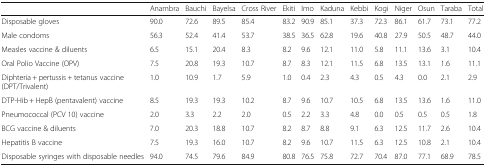
|  | Anambra | Bauchi | Bayelsa | Cross River | Ekiti | Imo | Kaduna | Kebbi | Kogi | Niger | Osun | Taraba | Total |
 | --- | --- | --- | --- | --- | --- | --- | --- | --- | --- | --- | --- | --- | --- |
 | Disposable gloves | 90.0 | 72.6 | 89.5 | 85.4 | 83.2 | 90.9 | 85.1 | 37.3 | 72.3 | 86.1 | 61.7 | 73.1 | 77.2 |
 | Male condoms | 56.3 | 52.4 | 41.4 | 53.7 | 38.5 | 36.5 | 62.8 | 19.6 | 40.8 | 27.9 | 50.5 | 48.7 | 44.0 |
 | Measles vaccine & diluents | 6.5 | 15.1 | 20.4 | 8.3 | 8.2 | 9.6 | 12.1 | 11.0 | 5.8 | 11.1 | 13.6 | 3.1 | 10.4 |
 | Oral Polio Vaccine (OPV) | 7.5 | 20.8 | 19.3 | 10.7 | 8.7 | 8.3 | 12.1 | 11.5 | 6.8 | 13.5 | 13.1 | 1.6 | 11.1 |
 | Diphteria + pertussis + tetanus vaccine (DPT/Trivalent) | 1.0 | 10.9 | 1.7 | 5.9 | 1.0 | 0.4 | 2.3 | 4.3 | 0.5 | 4.3 | 0.0 | 2.1 | 2.9 |
 | DTP-Hib + HepB (pentavalent) vaccine | 8.5 | 19.3 | 19.3 | 10.2 | 8.7 | 9.6 | 10.7 | 10.5 | 6.8 | 13.5 | 13.6 | 1.6 | 11.0 |
 | Pneumococcal (PCV 10) vaccine | 2.0 | 3.3 | 2.2 | 2.0 | 0.5 | 2.2 | 3.3 | 4.8 | 0.0 | 0.5 | 0.5 | 0.5 | 1.8 |
 | BCG vaccine & diluents | 7.0 | 20.3 | 18.8 | 10.7 | 8.2 | 8.7 | 8.8 | 9.1 | 6.3 | 12.5 | 11.7 | 2.6 | 10.4 |
 | Hepatitis B vaccine | 7.5 | 19.3 | 16.0 | 10.7 | 8.2 | 9.6 | 10.7 | 11.5 | 6.3 | 12.5 | 10.8 | 2.1 | 10.4 |
 | Disposable syringes with disposable needles | 94.0 | 74.5 | 79.6 | 84.9 | 80.8 | 76.5 | 75.8 | 72.7 | 70.4 | 87.0 | 77.1 | 68.9 | 78.5 |